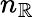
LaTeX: n_{\mathbb{R}}